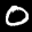
Label: 0